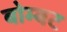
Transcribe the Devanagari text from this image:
बोम्बट